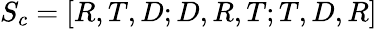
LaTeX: S_{c}=[R,T,D;D,R,T;T,D,R]